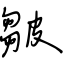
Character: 皺